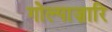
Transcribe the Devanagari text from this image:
गोल्पाज़ारि